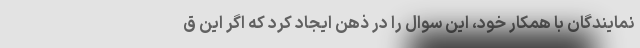
نمایندگان با همکار خود، این سوال را در ذهن ایجاد کرد که اگر این ق